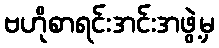
ဗဟိုစာရင်းအင်းအဖွဲ့မှ